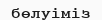
бөлуіміз